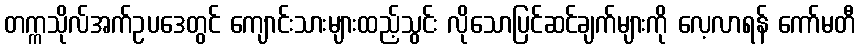
တက္ကသိုလ်အက်ဥပဒေတွင် ကျောင်းသားများထည့်သွင်း လိုသောပြင်ဆင်ချက်များကို လေ့လာရန် ကော်မတီ